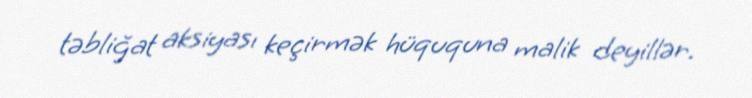
təbliğat aksiyası keçirmək hüququna malik deyillər.